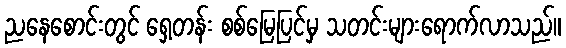
ညနေစောင်းတွင် ရှေ့တန်း စစ်မြေပြင်မှ သတင်းများရောက်လာသည်။